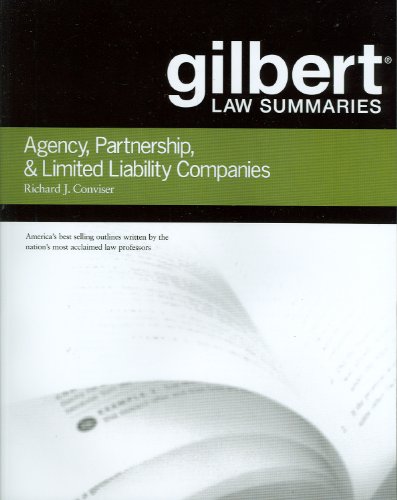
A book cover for Gilbert Law Summaries on Agency, Partnership and LLCs; Richard Conviser; Law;